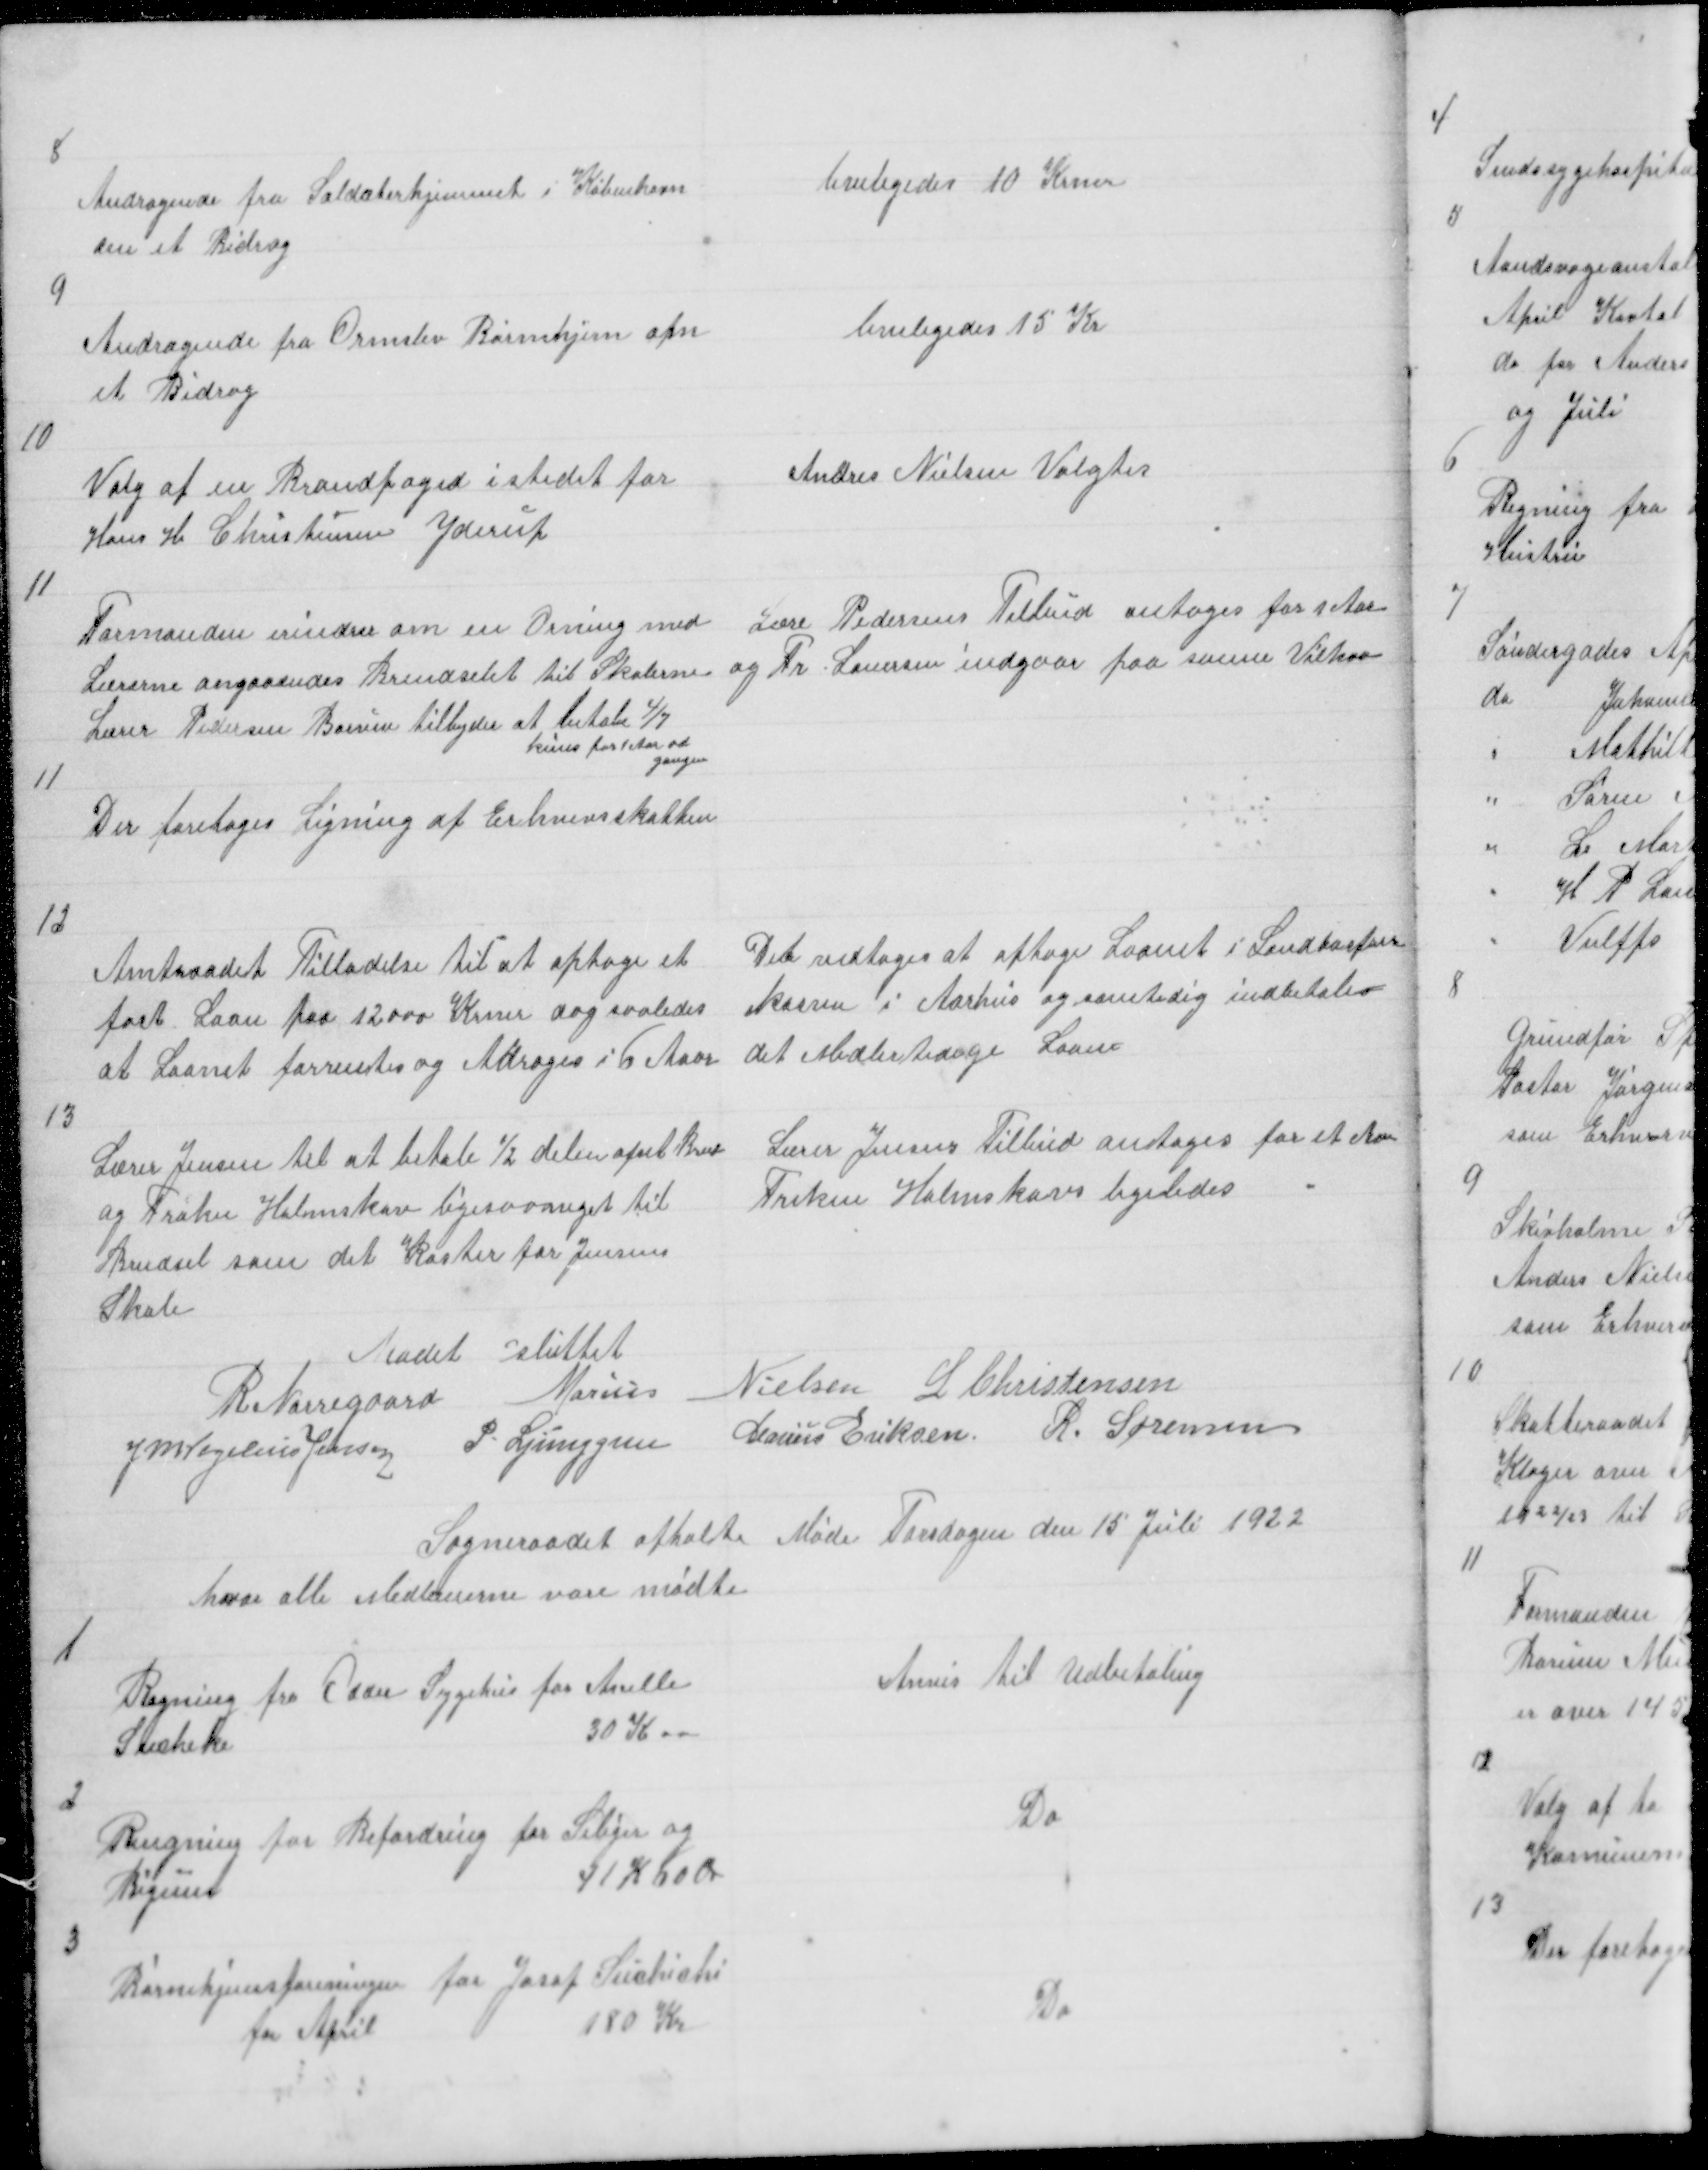
Transskription:
8

Andragende fra Soldaterhjemmet i København
om et Bidrag

beviligedes 10 Krner

9

Andragende fra Ormslev Børnehjem om
et Bidrag

beviligedes 15 Kr

10

Valg af en Brandfoged i stedet for
Hans H Christensen Yderup

Andres Nielsen Valgtes

11

Formanden erindrer om en Orning med
Lærerne angaaendes Brendselet til Skolerne
Lærer Pedersen Borum tilbyder at betale 4/7
kuns for 1 Aar ad
gangen

Lære Pedersens Tilbud antages for 1 Aaar
og Fr Lauersen indgaar paa same Vilkar

11

Der foretages Ligning af Erhvervskatten

12

Amtraadet Tilladelse til at optage et
fast Laan paa 12000 Krner dog saaledes
at Laanet  forrentes og Afdrages i 6 Aar

Det vedtoges at optage Laanet i Landbospare
kassen i Aarhus og samtidig indbetales
det Midlertidige Laan

13

Lærer Jensen til at betale ½ delen afset Brud
og Frøken Holmskov ligesaameget til
Brndsel som det koster for Jensens
Skole

Lærer Jensens Tilbud antages for et Aar
Freken Holmskovs ligeledes

Mødet sluttet
R. Nørregaard Marius Nielsen L Christensen
J M Vogelius Jensen P. Ljunggren
Marius Eriksen R. Sørensen

Sogneraadet afholte Møde Torsdagen den 15 Juli 1922
hvor alle Medlemrne vare mødte

1

Regning fra Odder Sygehus for Anelle
Suckeke
30 K

Anvis til Udbetaling

2

Rengning for Befordring for Seliger og
Bigum
41 K 00 Ør

Do

3

Børnehjemsforeningen for Josof Suchichi
for April
180 Kr

Do